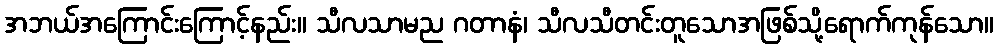
အဘယ်အကြောင်းကြောင့်နည်း။ သီလသာမည ဂတာနံ၊ သီလသီတင်းတူသောအဖြစ်သို့ရောက်ကုန်သော။